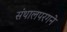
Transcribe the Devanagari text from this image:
संथालपरगने